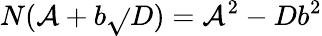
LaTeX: N(\mathcal{A}+b{\sqrt{}{{D}}})=\mathcal{A}^{2}-Db^{2}